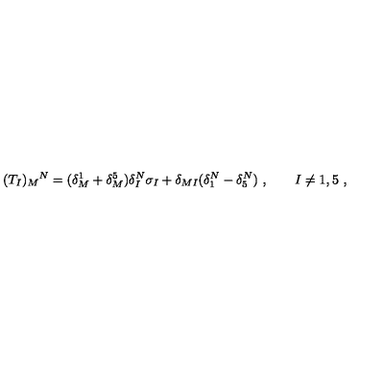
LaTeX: ( T _ { I } ) _ { M } { } ^ { N } = ( \delta _ { M } ^ { 1 } + \delta _ { M } ^ { 5 } ) \delta _ { I } ^ { N } \sigma _ { I } + \delta _ { M I } ( \delta _ { 1 } ^ { N } - \delta _ { 5 } ^ { N } ) \ , \qquad I \neq 1 , 5 \ ,